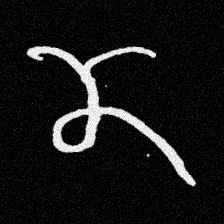
Pyu character \u2014 Myanmar letter: ဏ (romanized: nna)